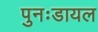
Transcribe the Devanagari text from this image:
पुनःडायल